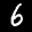
Label: 6